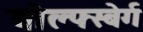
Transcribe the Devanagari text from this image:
वोल्फ्स्बेर्ग